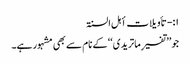
۱:- تأویلات أہل السنۃ
جو ’’تفسیرِ ماتریدی‘‘ کے نام سے بھی مشہور ہے۔